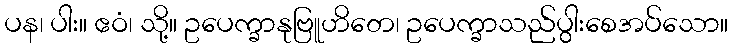
ပန၊ ပါး။ ဧဝံ၊ သို့။ ဥပေက္ခာနုဗြူဟိတေ၊ ဥပေက္ခာသည်ပွါးစေအပ်သော။